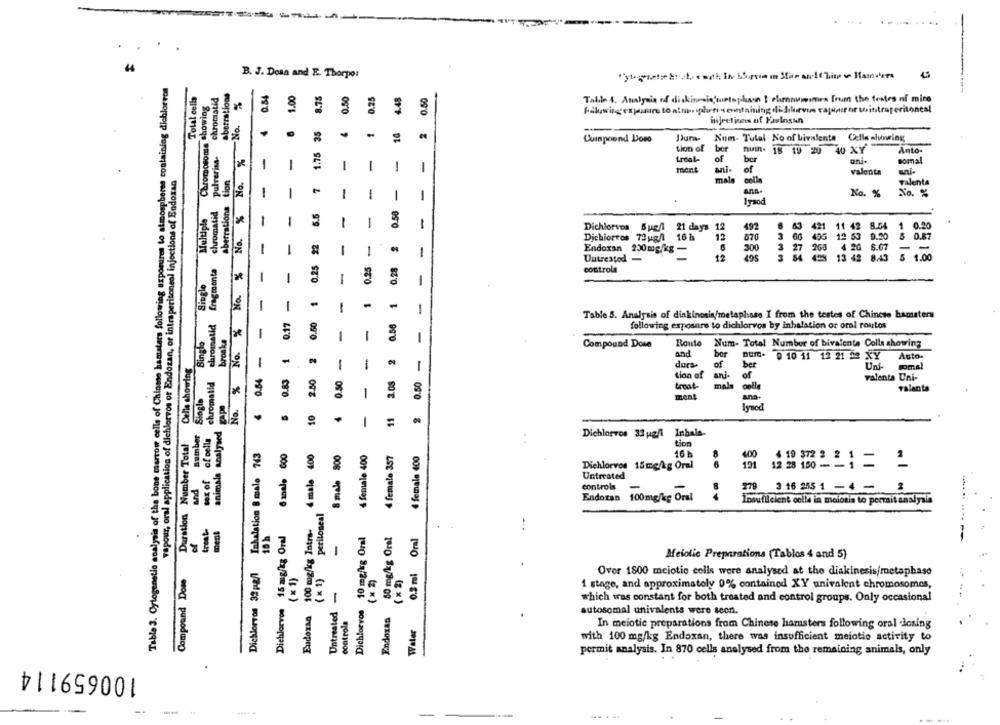
44
B. J. Dosa and E. Thorpo:
"ytgenety Movie with in Lo que in Mar ato1d'hier . Hans-re
Table 3. Cytogenetic analysis of the bone marrow cells of Chinese hamsters following exposures to atmospherse containing dichlorros
aberrations
Total cella
chromatid
0.54
1.00
8.75
0.25
4.48
0.50
Chromosome Showing
Talle 4. Analysis od diskinesio'snetophasn I chroninomes frum the testes of mine
Fakwing exposure to altriduti seretaining didkevin tajsimit or usintraperitoneal
1.75 35
injections of Farlosan
10
2
-
Cuimpound Doro
Dura- Num- Tutal No of Livalenta Cella showing
Pulverisa-
No. %
tion of ber
MUIn. 18 19 20 40 XY
Auto-
-
of
ani.
sommal
1
1
1
1
treal-
vapour, oral application of dichlorros of Endozan, or intraperitoneal injections of Endoxan
tion
mont
ani-
valenta
uni-
-
7
mala
valenta
No. %
1
1
1
1
ana-
No. %
No. %
chromatid
Fraod
Multiple
aberratio
5.5
0.58
ESCE
1
1
1
1
1
8.54 1 0.20
Dichiorvos Bug/1 21 days 12
492
421
11 42
0.25 22
-
Dichiorros 72ug/ 16 h
12
670
3 00 405 12 53 0.20 5 0.87
-
300
- -
1
1
1
Endoxan 200mg/kg-
260
0.25
Uutrestod -
12
13 42 8/3 5 1.00
fragmenta
No. % No. % No. %
0.28
-
controls
1
Single
1
-
1
1
0.17
0.50
0.56
Table 5. Analysis of diakinosin/metaphase I from the testes of Chinese hamsters
following exposure to dichlorvos by inhalation or oral routes
bronka
1
1
I
1
Compound Dose
Route Num- Total Number of bivalente Colle showing
-
2
-
and
bor
0 10 11 12 21 52 XY
Celle showing
1
durs-
of
0.64
1
ber
Unt-
chromatid
2.80
0.50
0.50
tion of
anj.
of
valenta Uni-
male
Single
troat
colla
Talanta
1
ment
ana.
Iyood
10
11
number
animals analysed
1
sex of of cella
Dichlorvos 32 ugli Inhala-
Duration Number Total
tion
Inhalation 8 male 743
4 male 400
8 male 800
4 female 400
4 female 357
4 female 400
16 h
400
8
191 12 28 160 -12
4 19 372 8 2 1
Dichlorvos 15mg/kg Oral
Untreated
and
controls
-
279 3 16 255 1 -4 - 2
Endoxan 100mg/kg Oral
Insufficient celle in meiosis to permitanalysis
peritoneal
treste
100 mg/kg Intra-
15 mg/kg Oral
10 mg/kg Oral
80 mg/kg Oral
-
Oral
Meiolie Preparations (Tablos 4 and 5)
Dichlorvon 39 18/1
0.3 ml
Compound Dome
(x1)
(x1)
Over 1800 meiotic cells were analysed at the diakinesis/metaphase
( x 2)
(* * )
-
1 stage, and approximately 0% contained XY univalent chromosomes,
Dichlorvon
Dichlorvos
which was constant for both treated and control groups. Only occasional
Eudoxag
Untreated
controla
Endoran
autosomal univalents were scon.
Water
In meiotic preparations from Chinese hamsters following oral losing
with 100 mg/kg Endoxan, there was insufficient meiotio activity to
permit analysis. In 870 cells analysed from the remaining animals, only
100659114
-